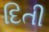
દિતી